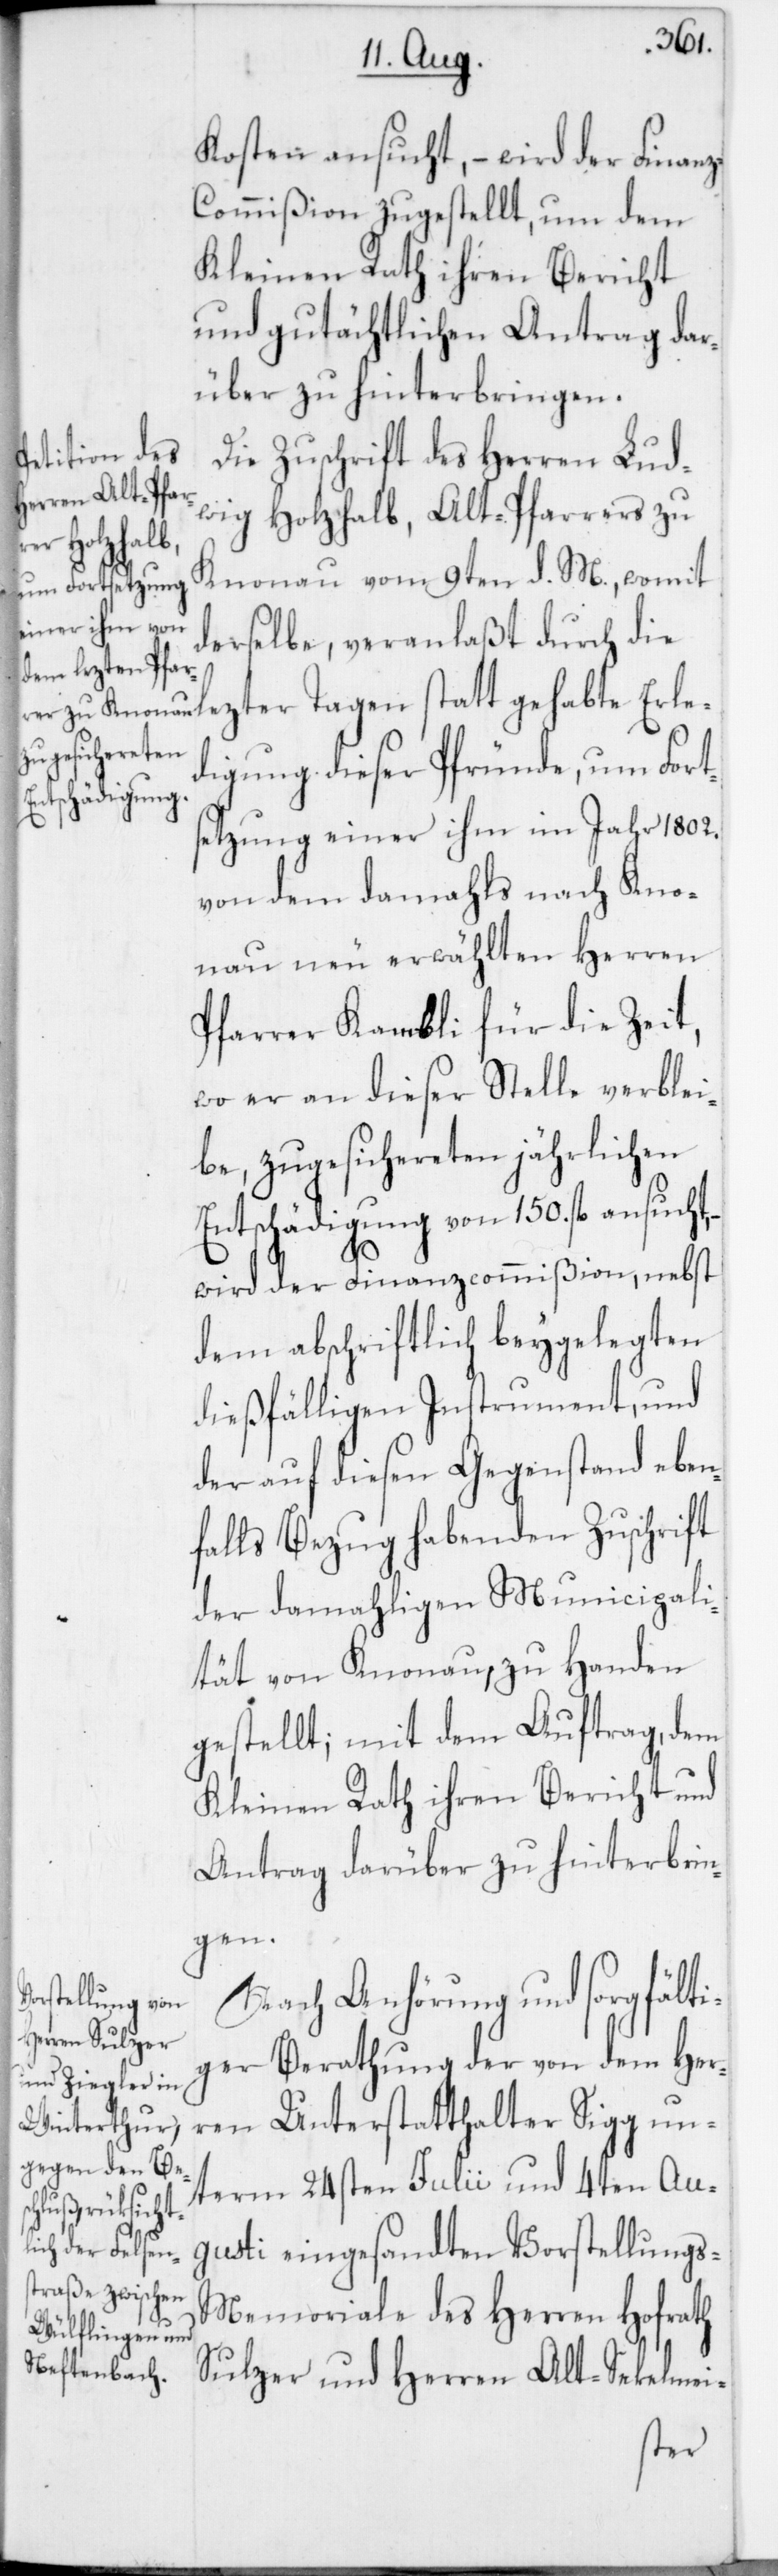
Kosten ansucht, – wird der Finan¬
z-Commißion zugestellt, um dem
Kleinen Rath ihren Bericht
und gutächtlichen Antrag dar¬
über zu hinterbringen.
Die Zuschrift des Herren Lud¬
wig Holzhalb, Alt-Pfarrers zu
Knonau, vom 9ten d. M., womit
derselbe, veranlaßt durch die
lezter Tagen stattgehabte Erle¬
digung dieser Pfründe, um Fort¬
setzung einer ihm im Jahr 1802.
von dem damahls nach Kno¬
nau neu erwählten Herren
Pfarrer Kambli für die Zeit,
wo er an dieser Stelle verblei¬
be, zugesichereten jährlichen
Entschädigung von 150. fl. ansucht,
wird der Finanzcommißion, nebst
dem abschriftlich beygelegten
dießfälligen Instrument, und
der auf diesen Gegenstand eben¬
falls Bezug habenden Zuschrift
der damahligen Municipali¬
tät von Knonau zu Handen
gestellt; mit dem Auftrag, dem
Kleinen Rath ihren Bericht und
Antrag darüber zu hinterbrin¬
gen.
Nach Anhörung und sorgfälti¬
ger Berathung der von dem Her¬
ren Unterstatthalter Sigg un¬
term 24sten Julii und 4ten Au¬
gusti eingesandten Vorstellungs-M¬
emoriale des Herren Hofrath
Sulzer und Herren Alt-Sekelmei-